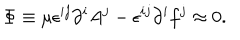
LaTeX: \Phi \equiv \mu \epsilon ^ { i j } \partial ^ { i } A ^ { j } - \epsilon ^ { i j } \partial ^ { i } f ^ { j } \approx 0 .